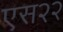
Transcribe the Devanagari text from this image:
एस२२